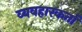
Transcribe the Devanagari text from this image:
व्यवहारकर्ता